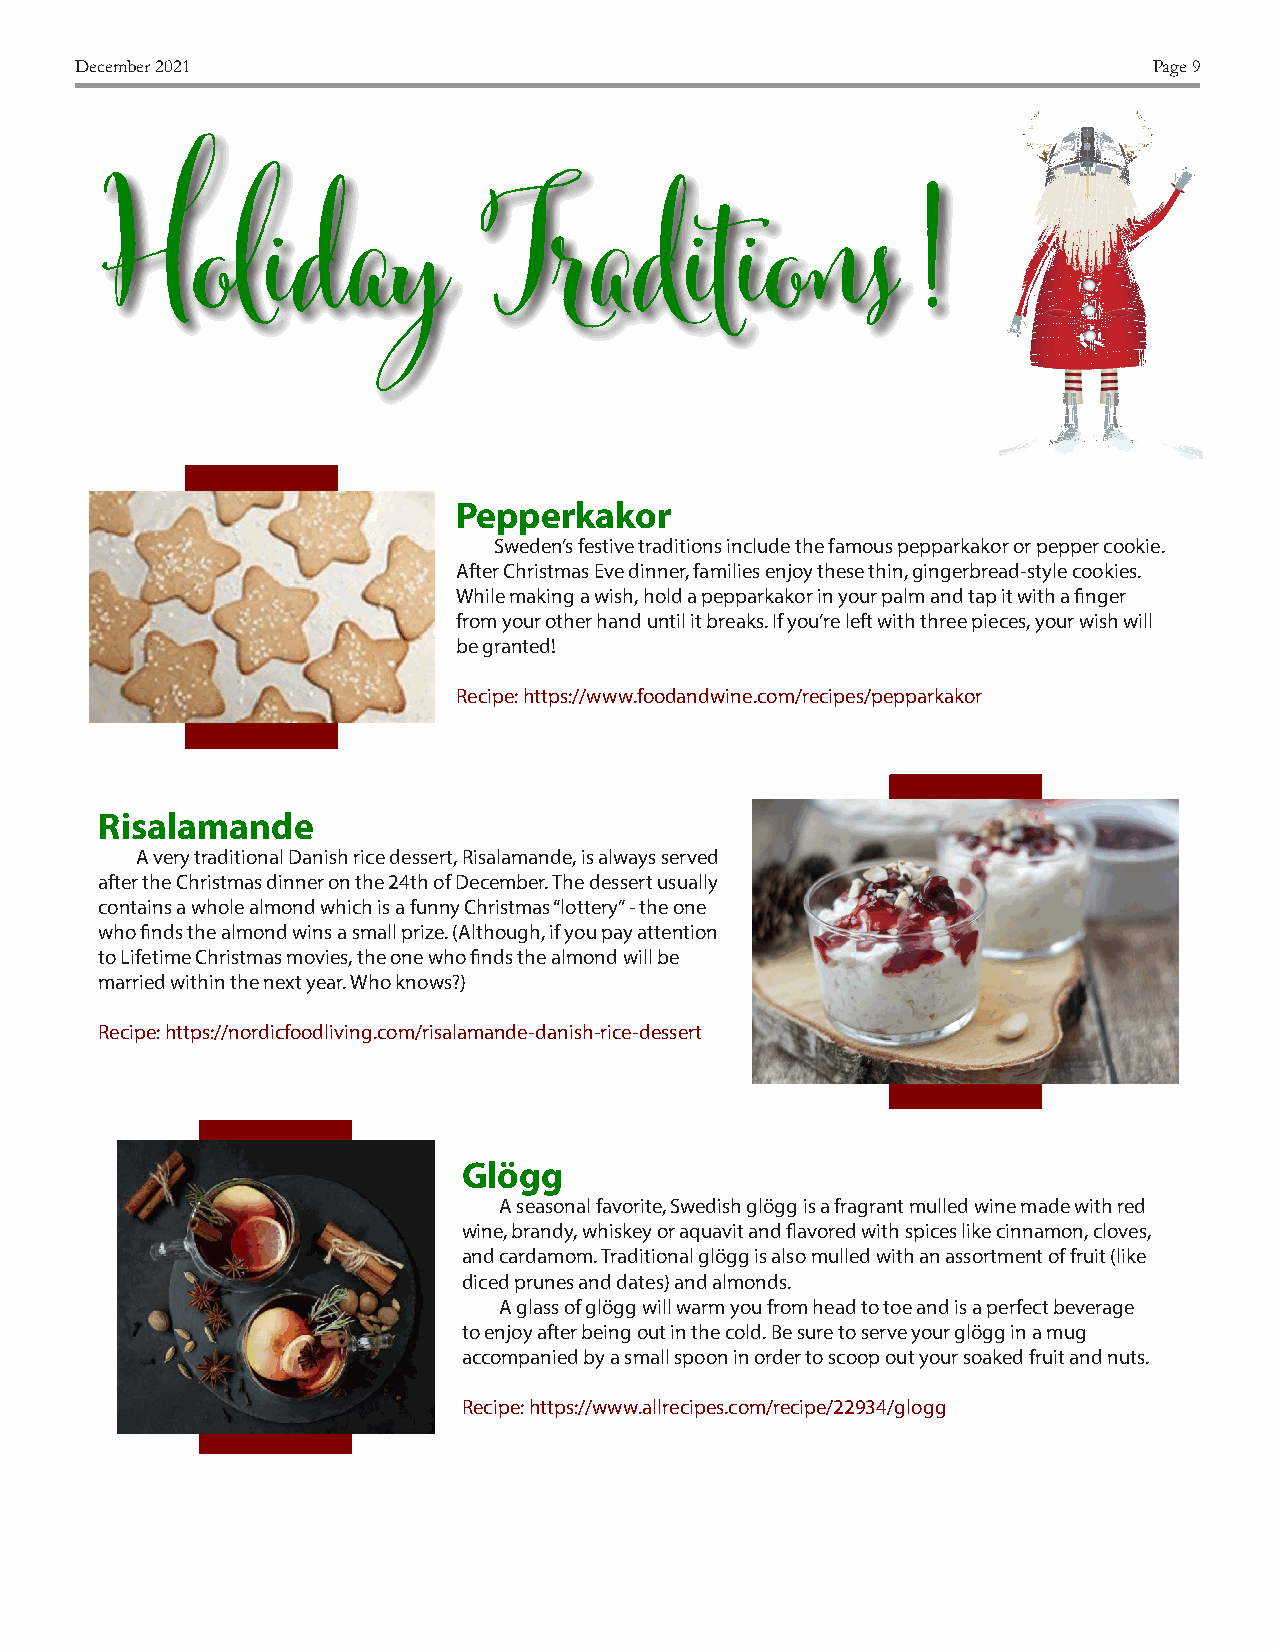
December 2021                                                          Page 9
 Holiday                  Traditions!
 Pepperkakor
 Sweden’s festive traditions include the famous pepparkakor or pepper cookie.
 After Christmas Eve dinner, families enjoy these thin, gingerbread-style cookies.
 While making a wish, hold a pepparkakor in your palm and tap it with a finger
 from your other hand until it breaks. If you’re left with three pieces, your wish will
 be granted!
 Recipe: https://www.foodandwine.com/recipes/pepparkakor
 Risalamande
 A very traditional Danish rice dessert, Risalamande, is always served
 after the Christmas dinner on the 24th of December. The dessert usually
 contains a whole almond which is a funny Christmas “lottery” - the one
 who finds the almond wins a small prize. (Although, if you pay attention
 to Lifetime Christmas movies, the one who finds the almond will be
 married within the next year. Who knows?)
 Recipe: https://nordicfoodliving.com/risalamande-danish-rice-dessert
 Glögg
 A seasonal favorite, Swedish glögg is a fragrant mulled wine made with red
 wine, brandy, whiskey or aquavit and flavored with spices like cinnamon, cloves,
 and cardamom. Traditional glögg is also mulled with an assortment of fruit (like
 diced prunes and dates) and almonds.
 A glass of glögg will warm you from head to toe and is a perfect beverage
 to enjoy after being out in the cold. Be sure to serve your glögg in a mug
 accompanied by a small spoon in order to scoop out your soaked fruit and nuts.
 Recipe: https://www.allrecipes.com/recipe/22934/glogg